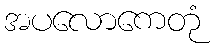
အပလောကေတုံ